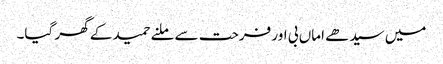
میں سیدھے اماں بی اور فرحت سے ملنے حمید کے گھر گیا۔